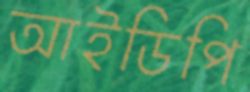
আইডিপি